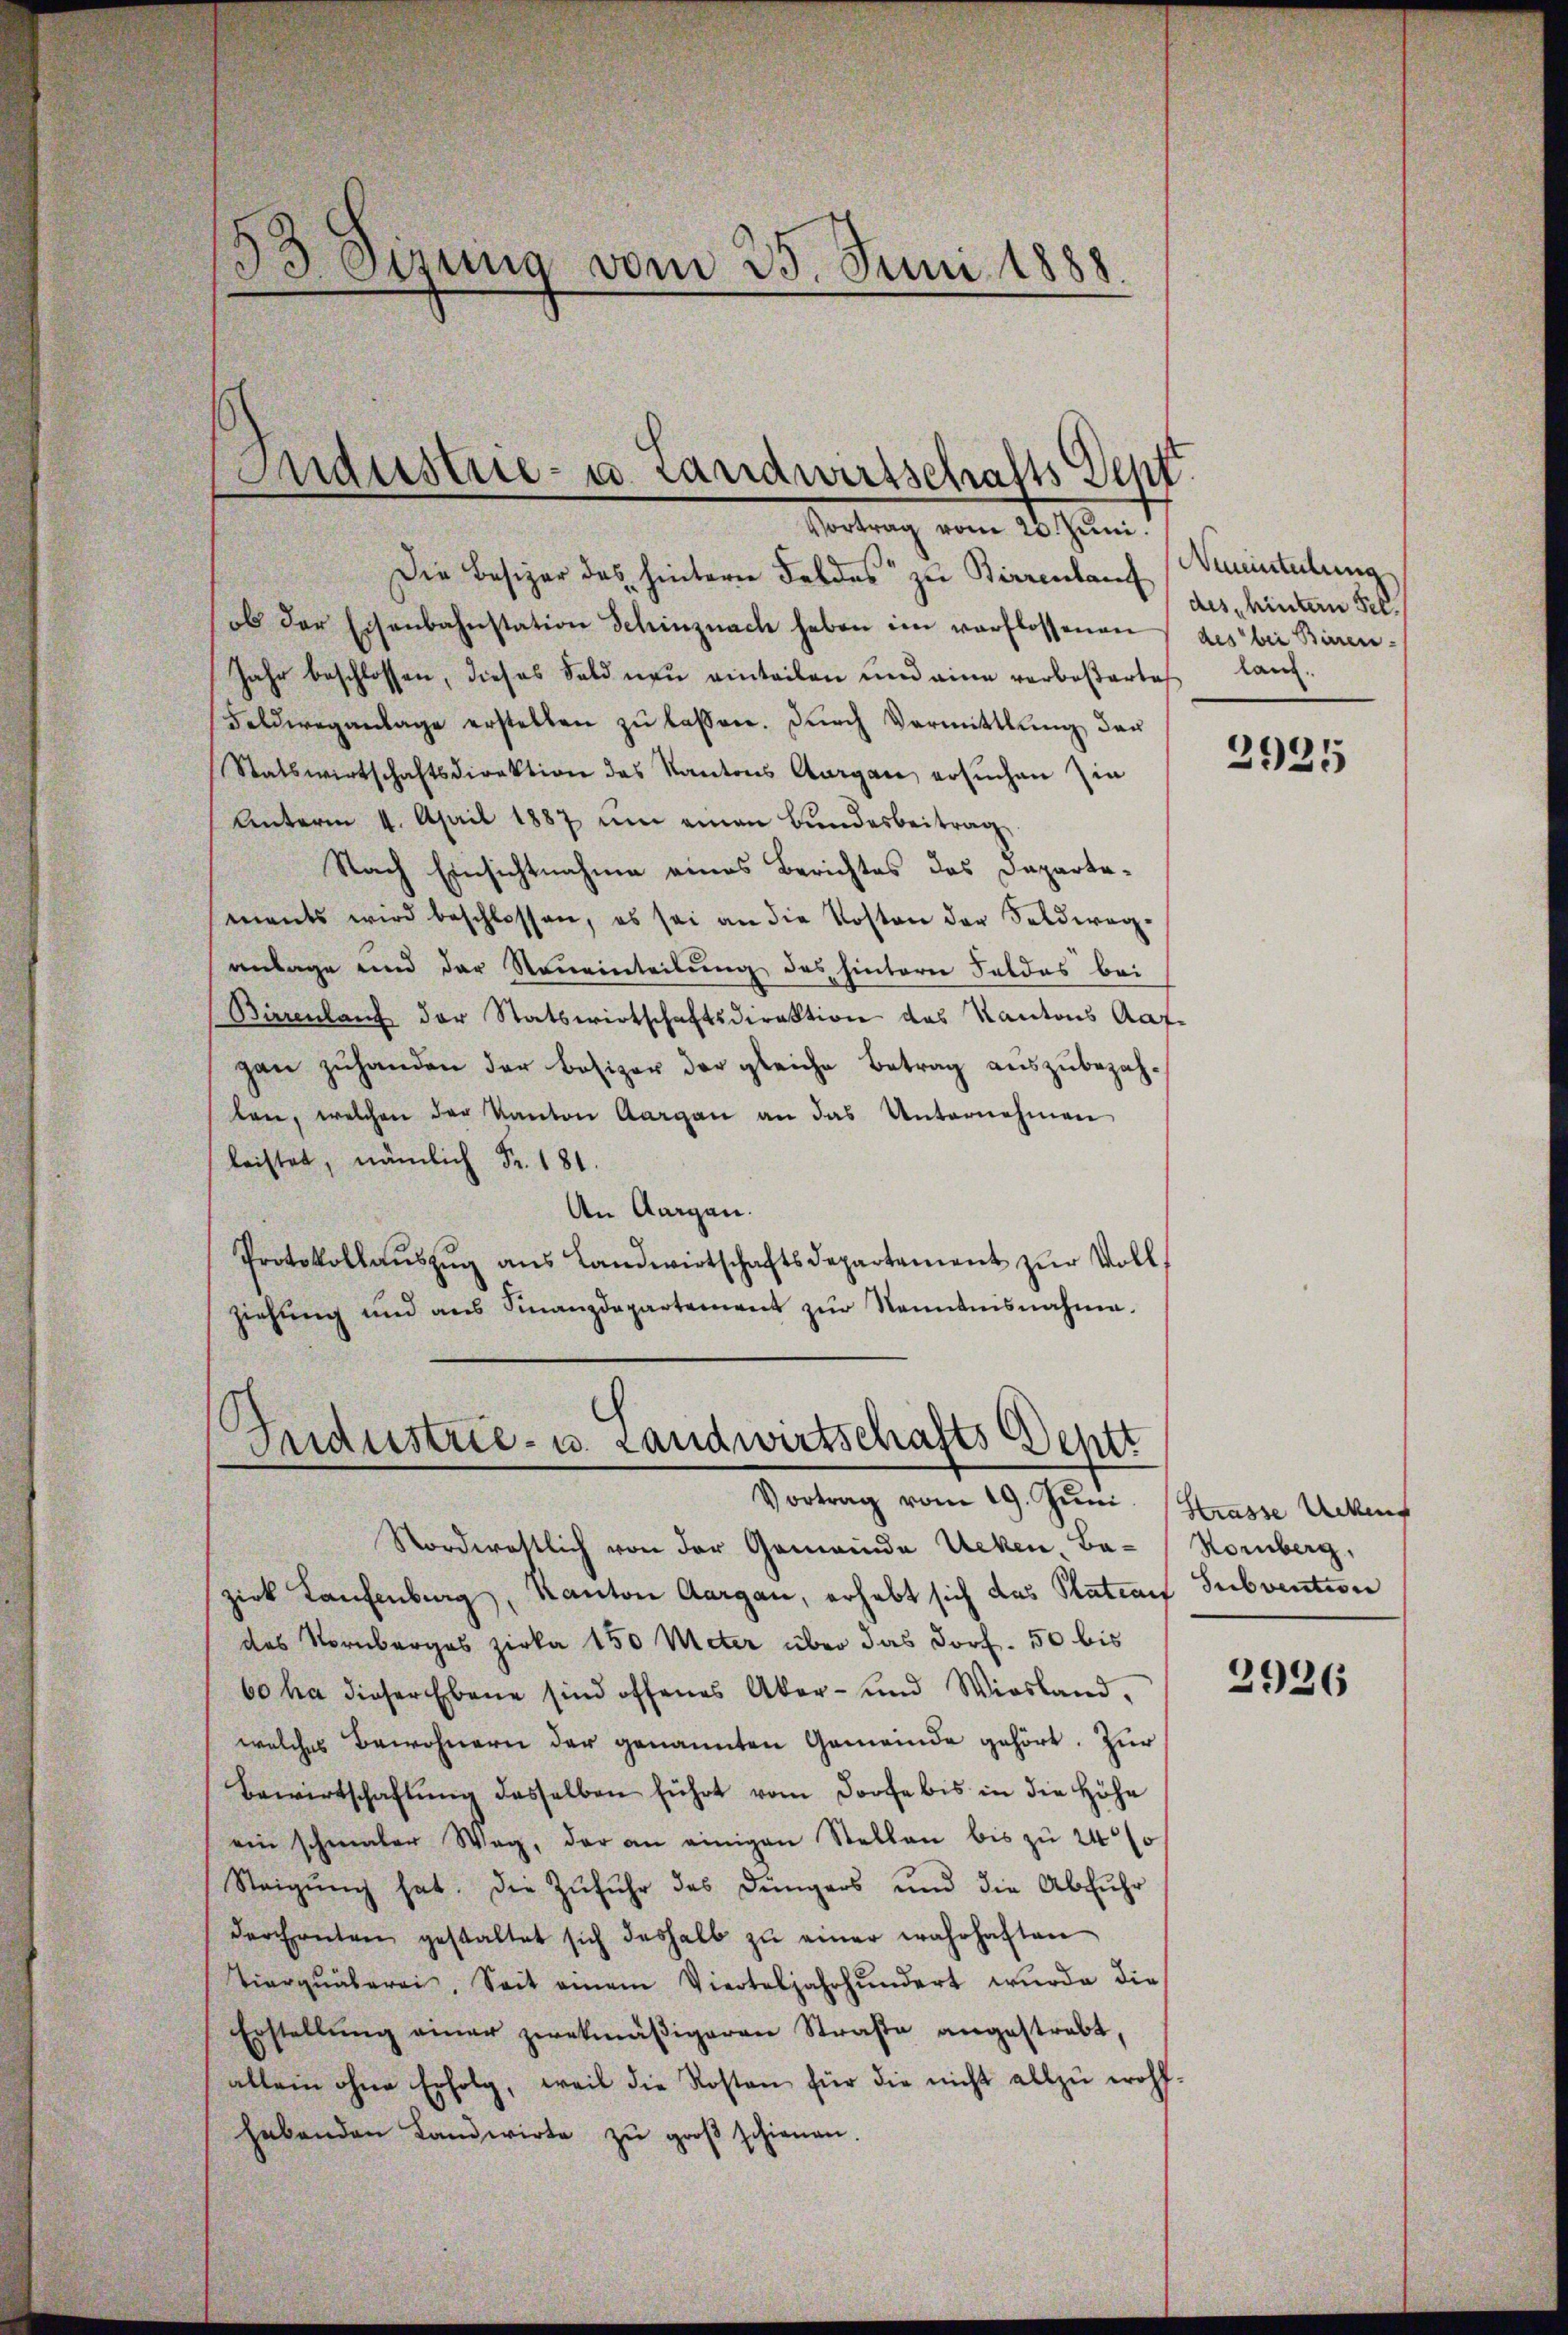
53 Dizung vom 25. Juni 1888

Industrie- u. Landwirtschafts Sept.

Industrie- u. Landwirtschafts Dentt
Vortrag vom 19. Juni (Strasse Urkunf

Vortrag vom 20. Juni.
Die Besizer des hintern Feldes zu Birrenlauf
ob der Eisenbahnstation Schinznach haben im verflossenen des bei Binen-
Jahr beschlossen, dieses Feld neu einteilen und eine verbeßerte lang.
Feldweganlage erstellen zŭ lassen. Durch Vormittlung der
Statswirtschaftsdirektion des Kantons Aargau, ersuchen Zin
Unterm 4. April 1887 um einen Bundesbeitrag
Nach Einsichtnahme eines Berichtes des Departemants wird beschlossen, es sei an die Kosten der Seldweg-
anlage und der Neueinteilung des hintern Feldes bei
Bürenlauf der Statswirtschaftsdirektion des Kantons Aaf-
gan zŭ handen der Besizer der gleiche Betrag auszubezahten, welchen der Kanton Aargau an das Unternehmen
leistet, nämlich Fr. 181.
An Aargau.
Protokollaŭszŭg ans Landwirtschaftsdepartement zur Voll
ziehung und aus Finanzdepartement zur Kenntnisnahme.

Nineinteilung
des hintern Fel¬

Norderestlich von der Gemeinde Ueken, Ba-Korberg,
zirk Laufenburg, Kanton Aargau, erhebt sich das Statian Subvention
des Nornberges zirka 150 Meter über das Dorf. 50 bis
60 ha dieser Ebene sind offenes Aker- und Wiesland,
welches Bewohnern der genannten Gemeinde gehört. Zur
Bewirtschaftŭng desselben führt vom Dorfe bis in die Höhe
ein schmaler Weg, der an einigen Stellen bis zu 24s
Steigŭng hat. Die Zufuhr des Düngers und die Abfŭhr
derchenten gestaltet sich deshalb zŭ einer wahrhaften
Tierqŭäberei. Seit einem Vierteljahrhundert wŭrde die
Erstellŭng einer zwekmäβigeren Straße angestrebt,
allein ohne Erfolg, weil die Kosten für die nicht allzŭ wohl-
habenden Landwirte zŭ groβ schienen.

2925

2926